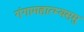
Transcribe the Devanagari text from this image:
गंगामहात्म्यसमु